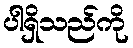
ပါရှိသည်ကို